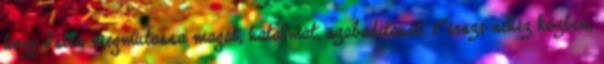
hogy Isten megmutassa magát, hatalmát, szabadítását. Persze nehéz közben,